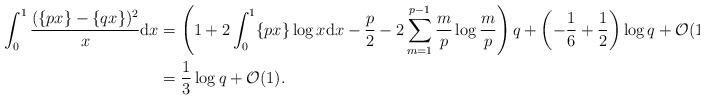
LaTeX: \begin{align*}\int_0^1 \frac{(\{px \} - \{qx\})^2}{x} \mathrm{d}x &= \left( 1 + 2 \int_0^1 \{px \} \log x \mathrm{d}x - \frac{p}{2} - 2 \sum_{m=1}^{p-1} \frac{m}{p} \log \frac{m}{p} \right) q + \left( - \frac{1}{6} + \frac{1}{2} \right) \log q + \mathcal{O}(1) \\&= \frac{1}{3} \log q + \mathcal{O}(1).\end{align*}